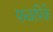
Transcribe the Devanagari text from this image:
फळपिके